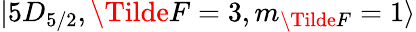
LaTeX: \lvert 5D_{5/2},\Tilde{F}=3,m_{\Tilde{F}}=1\rangle